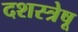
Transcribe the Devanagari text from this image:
दशस्त्रेषू